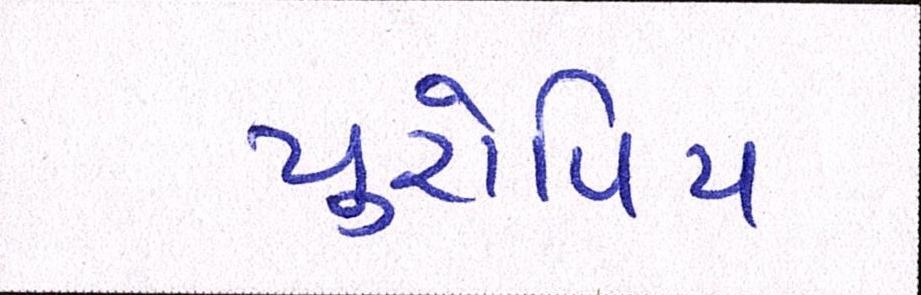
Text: યુરોપિય